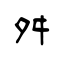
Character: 舛